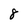
Character: 8